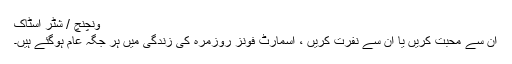
ونچنچ / شٹر اسٹاک
ان سے محبت کریں یا ان سے نفرت کریں ، اسمارٹ فونز روزمرہ کی زندگی میں ہر جگہ عام ہوگئے ہیں۔